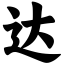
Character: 达